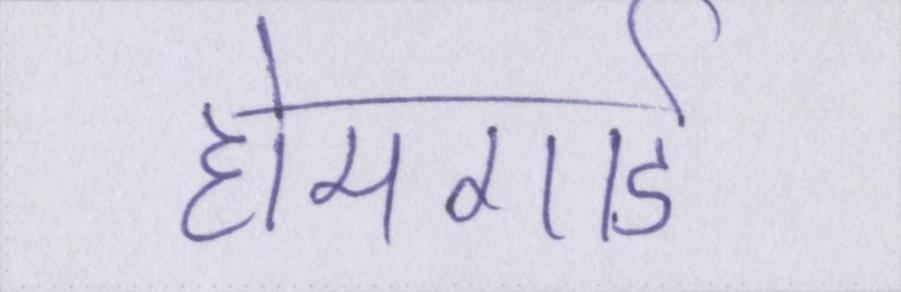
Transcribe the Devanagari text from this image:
होमगार्ड